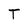
Character: T